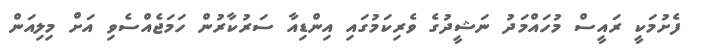
ފެށުމަކީ ރައީސް މުހައްމަދު ނަޝީދުގެ ވެރިކަމުގައި އިންޑިއާ ސަރުކާރުން ހަމަޖެއްސެވި އަށް މިލިއަން